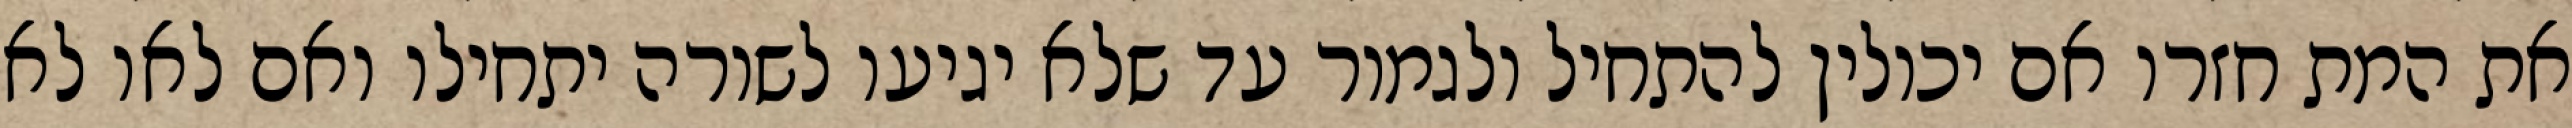
את המת חזרו אם יכולין להתחיל ולגמור עד שלא יגיעו לשורה יתחילו ואם לאו לא